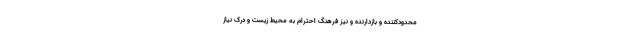
محدودکننده و بازدارنده و نیز فرهنگ احترام به محیط زیست و درک نیاز